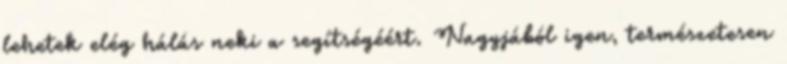
lehetek elég hálás neki a segítségéért. Nagyjából igen, természetesen